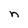
Character: n